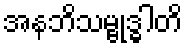
အနဘိသမ္ဗုဒ္ဓါတိ